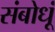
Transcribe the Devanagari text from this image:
संबोधूं